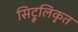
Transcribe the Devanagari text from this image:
सिट्रूलिकृत